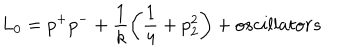
L _ { 0 } = p ^ { + } p ^ { - } + \frac { 1 } { k } \left( \frac { 1 } { 4 } + p _ { 2 } ^ { 2 } \right) + o s c i l l a t o r s